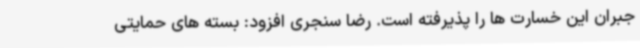
جبران این خسارت ها را پذیرفته است. رضا سنجری افزود: بسته های حمایتی